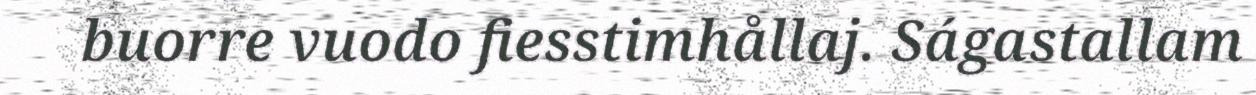
buorre vuodo fiesstimhållaj. Ságastallam